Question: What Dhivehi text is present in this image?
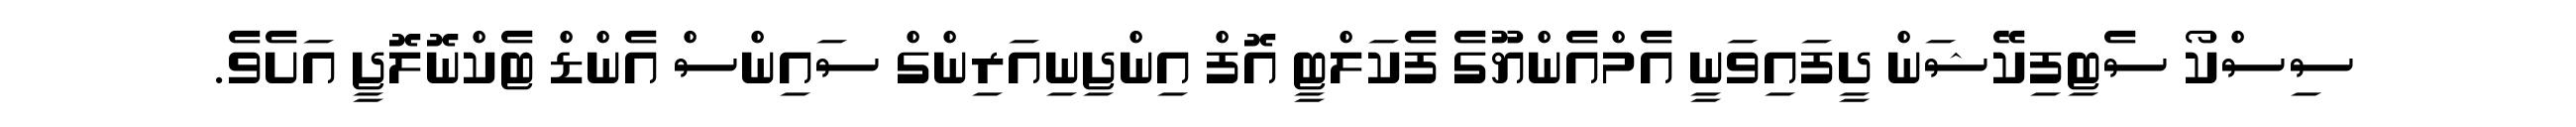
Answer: ސިސްކޯ ސެޓިފިކޭޝަން ދީފައިވަނީ އެމްއެންޔޫގެ ފެކަލްޓީ އޮފް އިންޖިނިއަރިންގް ސައިންސް އެންޑް ޓެކްނޮލޮޖީ އަށެވެ.